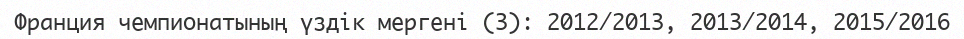
Франция чемпионатының үздік мергені (3): 2012/2013, 2013/2014, 2015/2016